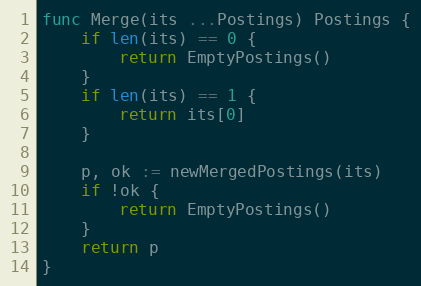
Language: Go
func Merge(its ...Postings) Postings {
	if len(its) == 0 {
		return EmptyPostings()
	}
	if len(its) == 1 {
		return its[0]
	}

	p, ok := newMergedPostings(its)
	if !ok {
		return EmptyPostings()
	}
	return p
}